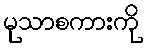
မုသာစကားကို